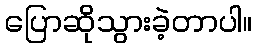
ပြောဆိုသွားခဲ့တာပါ။